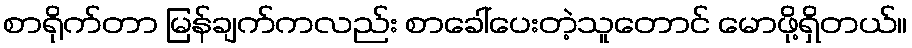
စာရိုက်တာ မြန်ချက်ကလည်း စာခေါ်ပေးတဲ့သူတောင် မောဖို့ရှိတယ်။